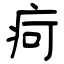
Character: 疴